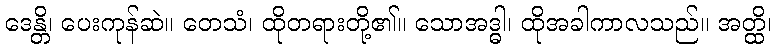
ဒေန္တိ၊ ပေးကုန်ဆဲ။ တေသံ၊ ထိုတရားတို့၏။ သောအဒ္ဓါ၊ ထိုအခါကာလသည်။ အတ္ထိ၊